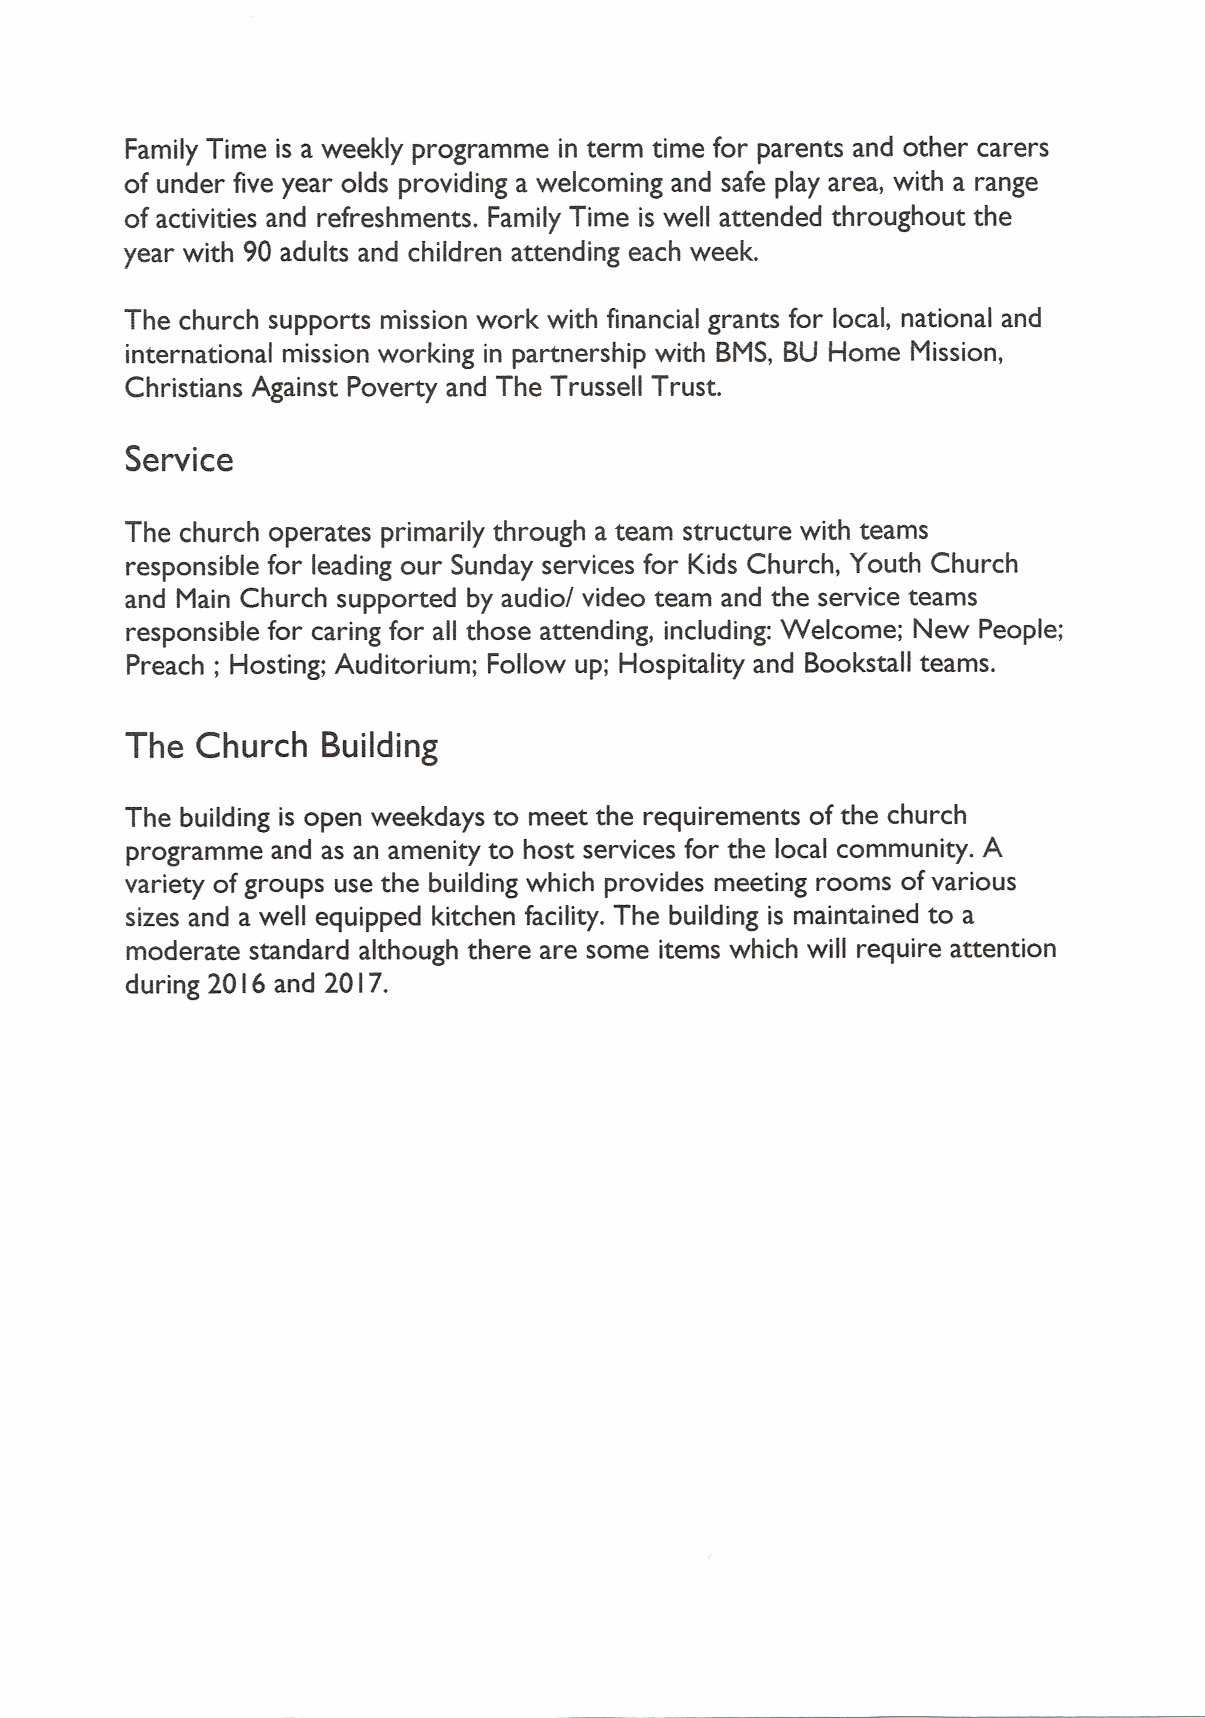
Family Time is a weekly programme in term time for parents and other carers
 of under five year olds providing a welcoming and safe play area, with a range
 of activities and refreshments. Family Time is well attended throughout the
 year with 90 adults and children attending each week.
 The church supports mission work with financial grants for local, national and
 international mission working in partnership with BMS, BU Home Mission,
 Christians Against Poverty and The Trussell Trust.
 Service
 The church operates primarily through a team structure with teams
 responsible for leading our Sunday services for Kids Church, Youth Church
 and Main Church supported by audio/ video team and the service teams
 responsible for caring for all those attending, including: Welcome; New People;
 Preach; Hosting; Auditorium; Follow up; Hospitality and Bookstall teams.
 The  Church  Building
 The building is open weekdays to meet the requirements of the church
 programme and as an amenity to host services for the local community. A
 variety ofgroups use the building which provides meeting rooms ofvarious
 sizes and a well equipped kitchen facility. The building is maintained to a
 moderate standard although there are some items which will require attention
 during 20 I6 and 20 I7.